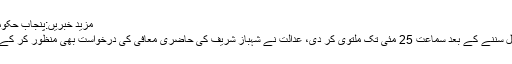
مزید خبریں:پنجاب حکومت نے ایک اور بڑا فیصلہ کرلیا
عدالت نے دونوں طرف سے دلائل سننے کے بعد سماعت 25 مئی تک ملتوی کر دی، عدالت نے شہباز شریف کی حاضری معافی کی درخواست بھی منظور کر کے انہیں حاضری سے استثنیٰ دیدیا۔